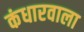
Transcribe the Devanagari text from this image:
कंधारवाला